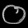
Digit: ၀